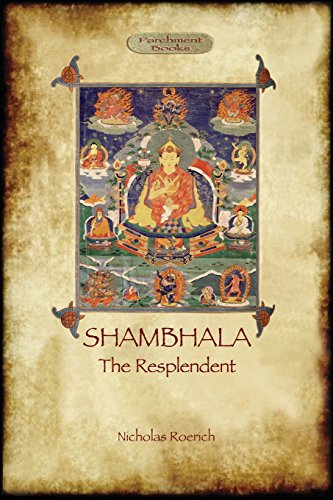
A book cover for Shambhala The Resplendent (Aziloth Books); Nicholas Roerich; Travel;